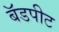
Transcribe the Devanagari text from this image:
बॅडपीट